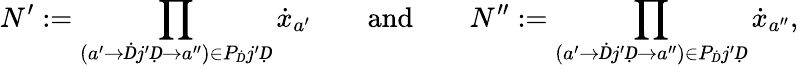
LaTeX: N^{\prime}:=\prod_{(a^{\prime}\to Ḋj^{\prime}Ḍ\to a^{\prime\prime})\in P_{Ḋ}j^{\prime}Ḍ}\dot{x}_{a^{\prime}}\qquad\mathrm{and}\qquad N^{\prime\prime}:=\prod_{(a^{\prime}\to Ḋj^{\prime}Ḍ\to a^{\prime\prime})\in P_{Ḋ}j^{\prime}Ḍ}\dot{x}_{a^{\prime\prime}},